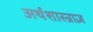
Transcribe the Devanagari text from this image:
अर्थशास्त्राज्ञ